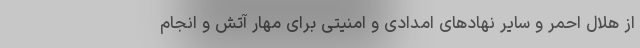
از هلال احمر و سایر نهادهای امدادی و امنیتی برای مهار آتش و انجام